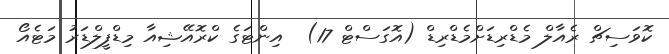
ކޮވަސިޗް ރެއާލް މެޑްރިޑަށްމެޑްރިޑް (އޮގަސްޓް 17)  އިންޓަގެ ކްރޮއޭޝިއާ މިޑްފީލްޑަރު މަޓެއޯ